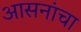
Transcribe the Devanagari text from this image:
आसनांचा